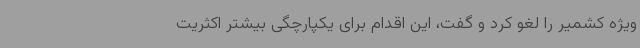
ویژه کشمیر را لغو کرد و گفت، این اقدام برای یکپارچگی بیشتر اکثریت